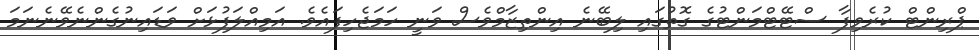
ޕްރިންޓް ކުރެވިފާ ސްޓޭޓްމަންޓުގެ ގޮތުގައި ލިބޭނެ އިންތިޒާމްވެސް ވަނީ ހަމަޖެހިފައެވެ. އަމިއްލަފުޅަށް ވަޑައިނުގެންނެވޭނެނަމަ